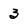
Character: 3